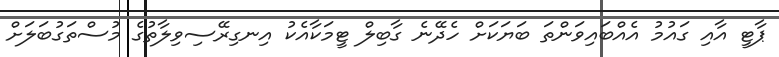
ޕާޓީ އާއި ގައުމު އެއްބައިވަންތަ ބަޔަކަށް ހެދޭނެ ގާބިލް ޓީމަކާއެކު އިނގިރޭސިވިލާތުގެ މުސްތަގުބަލަށް